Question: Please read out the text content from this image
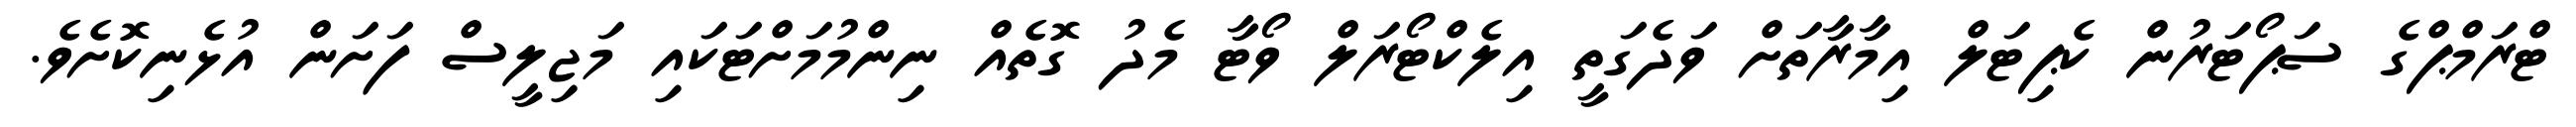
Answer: ޓްރަމްޕްގެ ސަޕޯޓަރުން ކެޕިޓަލް އިމާރާތަށް ވަދެގަތީ އިލެކްޓޯރަލް ވޯޓާ މެދު ގޮތެއް ނިންމުމަށްޓަކައި މަޖިލީސް ފަށަން އުޅެނިކޮށެވެ.